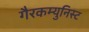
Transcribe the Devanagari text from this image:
गैरकम्युनिस्ट